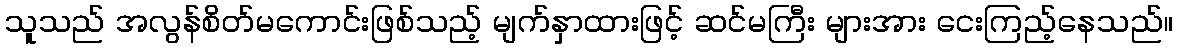
သူသည် အလွန်စိတ်မကောင်းဖြစ်သည့် မျက်နှာထားဖြင့် ဆင်မကြီး များအား ငေးကြည့်နေသည်။